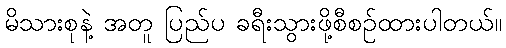
မိသားစုနဲ့ အတူ ပြည်ပ ခရီးသွားဖို့စီစဉ်ထားပါတယ်။